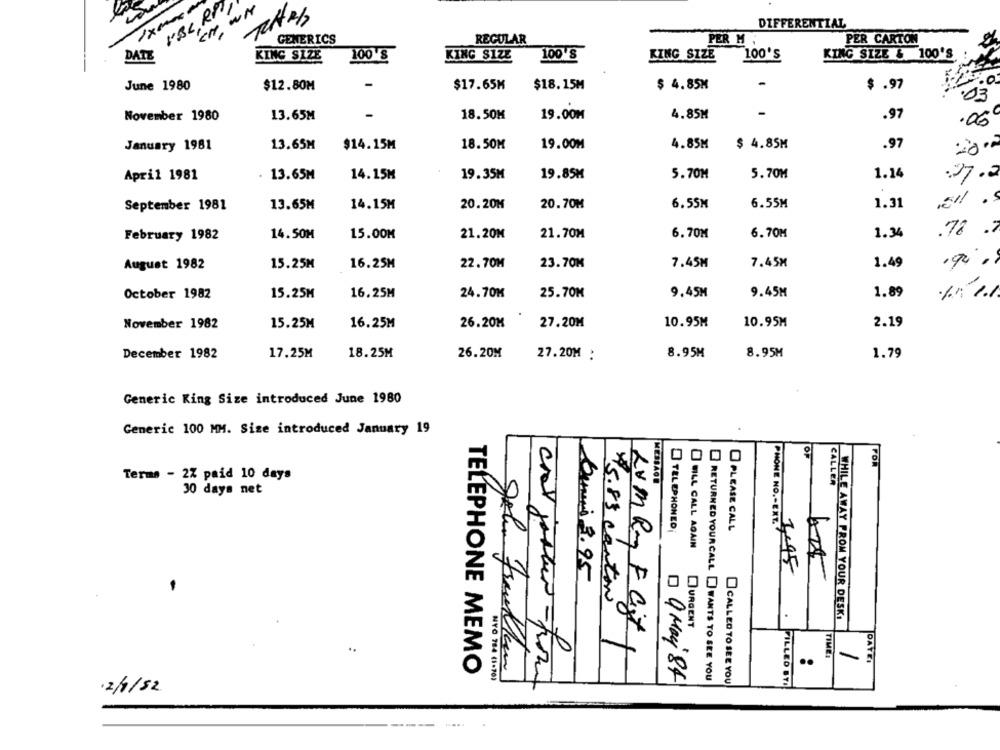
VBL RP
CH WH
DIFFERENTIAL
GENERICS
REGULAR
PER M
PER CARTON
DATE
KING SIZE
100 S
KING SIZE
100'S
KING SIZE
100'S
KING SIZE & 100'S
June 1980
$12.80M
$17.65M
$18.15M
$ 4.85M
$ .97
.03
November 1980
13.65M
18.50M
19.00M
4.85M
.97
.06
January 1981
13.65M
$14.15M
18.50M
19.00M
4.85M
$ 4.85M
.97
April 1981
. 13.65M
14.15M
19.35M
19.85M
5.70M
5.70M
1.14
27.2
September 1981
13.65M
14.15M
20.20M
20.70M
6.55M
6.55M
1.31
1.34
.78 .7
February 1982
14.50M
15.00M
21.20M
21.70M
6.70M
6.70M
7.45M
7.45M
1.49
August 1982
15.25M
16.25M
22.70M
23.70M
1.89
October 1982
15.25M
16.25M
24.70M
25.70M
9.45M
9.45M
27.20M
10.95M
10.95M
2.19
November 1982
15.25M
16.25M
26.20M
1.79
December 1982
17.25M
18.25M
26.20M
27.20M :
8.95M
8.95M
Generic King Size introduced June 1980
Generic 100 MM. Size introduced January 19
OF
POR
Terms - 2% paid 10 days
CALLER
30 days net
PHONE NO .- ENT.
TELEPHONED
PLEASE CALL
@ HILL CALL AGAIN
Denis 3.95
75.83 canton
WHILE AWAY FROM YOUR DESKI
.
URGENT
..
Lvm Ry FCitt
TIME:
DATEI
crat poster - from
..
TELEPHONE MEMO
RETURNED YOUR CALL I WANTS TO SEE YOU
D 9 Mai 84
CALLED TO SEE YOU
FILLED BY.
·2/4/52.